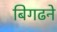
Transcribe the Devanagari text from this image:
बिगढने